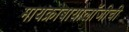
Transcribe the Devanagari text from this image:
मायक्रोबायोलॉजीची